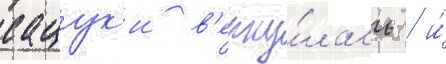
сацук'и в'ерну́лась / и́